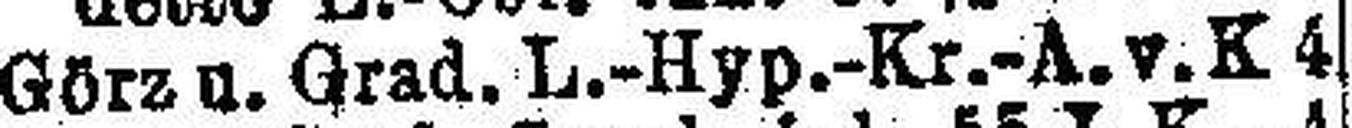
Görz u. Grad. L.-Hyp.-Kr.-A. v. K 4